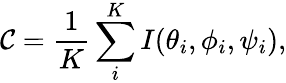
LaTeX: \mathcal{C}=\frac{{1}}{{K}}\sum_{i}^{K}I(\theta_{i},\phi_{i},\psi_{i}),